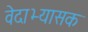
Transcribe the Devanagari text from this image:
वेदाभ्यासक